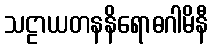
သဠာယတနနိရောဓဂါမိနီ